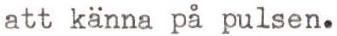
att känna på pulsen.